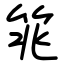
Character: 筄